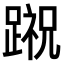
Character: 𨃷